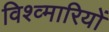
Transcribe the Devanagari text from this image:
विश्व्मारियों